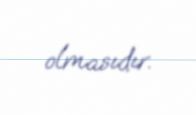
olmasıdır.